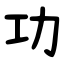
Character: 功